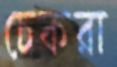
চেকরা